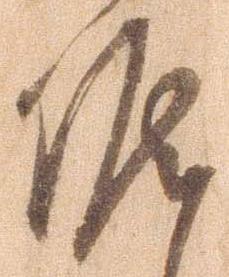
候